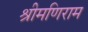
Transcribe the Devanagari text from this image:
श्रीमणिराम